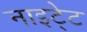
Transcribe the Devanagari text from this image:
नाइटे्ट